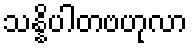
သန္နိပါတဗဟုလာ